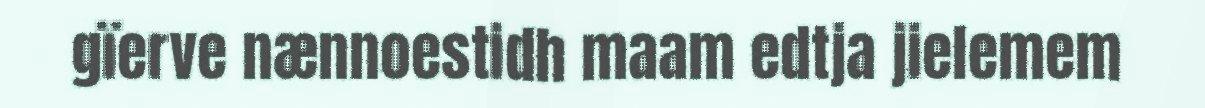
gïerve nænnoestidh maam edtja jielemem